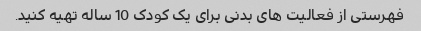
فهرستی از فعالیت های بدنی برای یک کودک 10 ساله تهیه کنید.